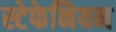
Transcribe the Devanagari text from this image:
स्टेफेनियन